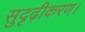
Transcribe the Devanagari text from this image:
सुदृढ़ीकरण।